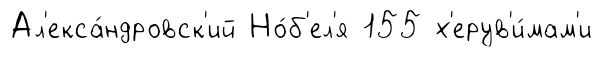
Ал'екса́ндровск'ий Но́б'ел'я 155 х'ерув'и́мам'и